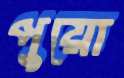
পুয়ো